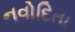
નવોદિતા